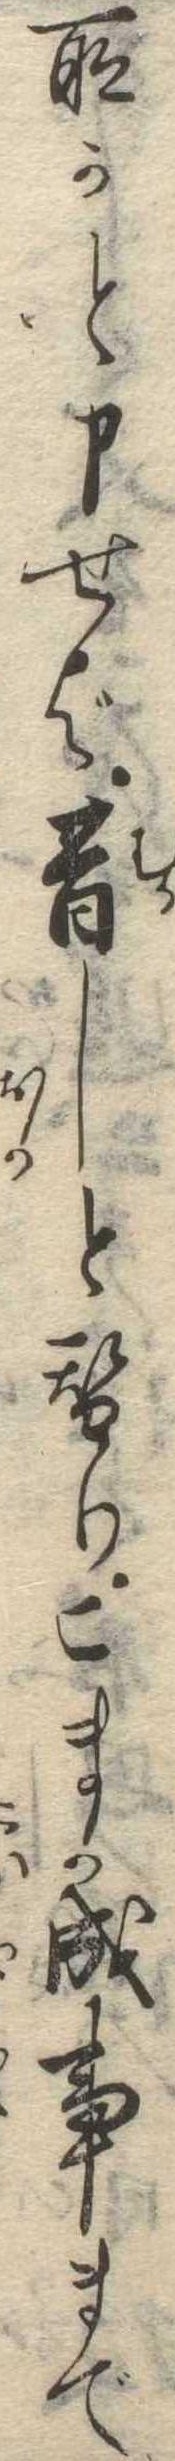
所かと申せば昔しと替りこまか成事まで